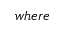
w h e r e